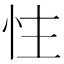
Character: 𪫬